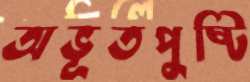
অভূতপুষ্টি